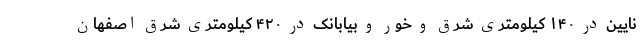
نایین در ۱۴۰ کیلومتری شرق و خور و بیابانک در ۴۲۰ کیلومتری شرق اصفهان